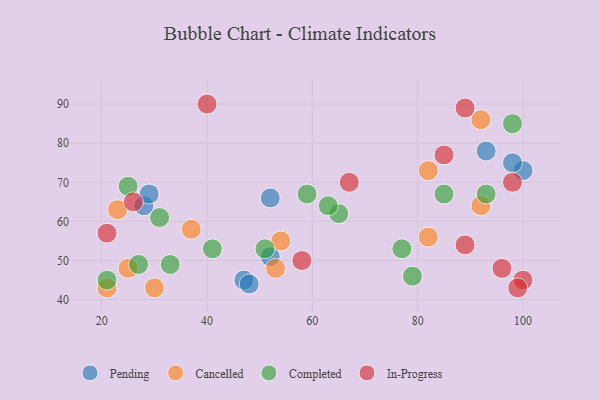
{"axis": {"x": "GDP", "y": "Life Expectancy"}, "legend": ["Cancelled", "Completed", "In-Progress", "Pending"], "data": [{"x": "93", "y": 78, "type": "Pending"}, {"x": "28", "y": 64, "type": "Pending"}, {"x": "100", "y": 73, "type": "Pending"}, {"x": "98", "y": 75, "type": "Pending"}, {"x": "47", "y": 45, "type": "Pending"}, {"x": "48", "y": 44, "type": "Pending"}, {"x": "52", "y": 66, "type": "Pending"}, {"x": "29", "y": 67, "type": "Pending"}, {"x": "52", "y": 51, "type": "Pending"}, {"x": "53", "y": 48, "type": "Cancelled"}, {"x": "54", "y": 55, "type": "Cancelled"}, {"x": "82", "y": 73, "type": "Cancelled"}, {"x": "92", "y": 86, "type": "Cancelled"}, {"x": "92", "y": 64, "type": "Cancelled"}, {"x": "37", "y": 58, "type": "Cancelled"}, {"x": "21", "y": 43, "type": "Cancelled"}, {"x": "30", "y": 43, "type": "Cancelled"}, {"x": "25", "y": 48, "type": "Cancelled"}, {"x": "23", "y": 63, "type": "Cancelled"}, {"x": "82", "y": 56, "type": "Cancelled"}, {"x": "98", "y": 85, "type": "Completed"}, {"x": "65", "y": 62, "type": "Completed"}, {"x": "51", "y": 53, "type": "Completed"}, {"x": "85", "y": 67, "type": "Completed"}, {"x": "79", "y": 46, "type": "Completed"}, {"x": "25", "y": 69, "type": "Completed"}, {"x": "41", "y": 53, "type": "Completed"}, {"x": "31", "y": 61, "type": "Completed"}, {"x": "27", "y": 49, "type": "Completed"}, {"x": "77", "y": 53, "type": "Completed"}, {"x": "63", "y": 64, "type": "Completed"}, {"x": "59", "y": 67, "type": "Completed"}, {"x": "21", "y": 45, "type": "Completed"}, {"x": "33", "y": 49, "type": "Completed"}, {"x": "93", "y": 67, "type": "Completed"}, {"x": "40", "y": 90, "type": "In-Progress"}, {"x": "85", "y": 77, "type": "In-Progress"}, {"x": "100", "y": 45, "type": "In-Progress"}, {"x": "26", "y": 65, "type": "In-Progress"}, {"x": "99", "y": 43, "type": "In-Progress"}, {"x": "96", "y": 48, "type": "In-Progress"}, {"x": "89", "y": 54, "type": "In-Progress"}, {"x": "58", "y": 50, "type": "In-Progress"}, {"x": "67", "y": 70, "type": "In-Progress"}, {"x": "21", "y": 57, "type": "In-Progress"}, {"x": "89", "y": 89, "type": "In-Progress"}, {"x": "98", "y": 70, "type": "In-Progress"}]}